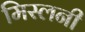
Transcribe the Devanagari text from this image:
मिस्लनी